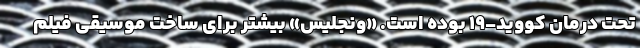
تحت درمان کووید-۱۹ بوده است. «ونجلیس» بیشتر برای ساخت موسیقی فیلم